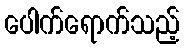
ပေါက်ရောက်သည့်